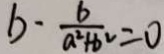
b - \frac { 6 } { a ^ { 2 } + b ^ { 2 } } = 0